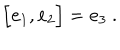
LaTeX: \Bigl [ { \bf e } _ { 1 } , { \bf e } _ { 2 } \Bigr ] = { \bf e } _ { 3 } \ .